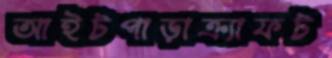
আইটপাড়াক্র্যাফট